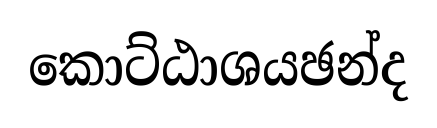
කොට්ඨාශයඡන්ද